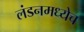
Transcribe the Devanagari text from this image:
लंडनमध्येच